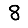
Digit: 8